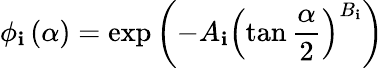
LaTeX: \phi_{\mathbf{i}}\left(\alpha\right)=\exp{\left(-A_{\mathbf{i}}\left(\tan{\frac{{\alpha}}{{2}}}\right)^{B_{\mathbf{i}}}\right)}